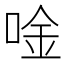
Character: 唫